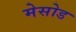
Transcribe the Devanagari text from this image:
मेसोड